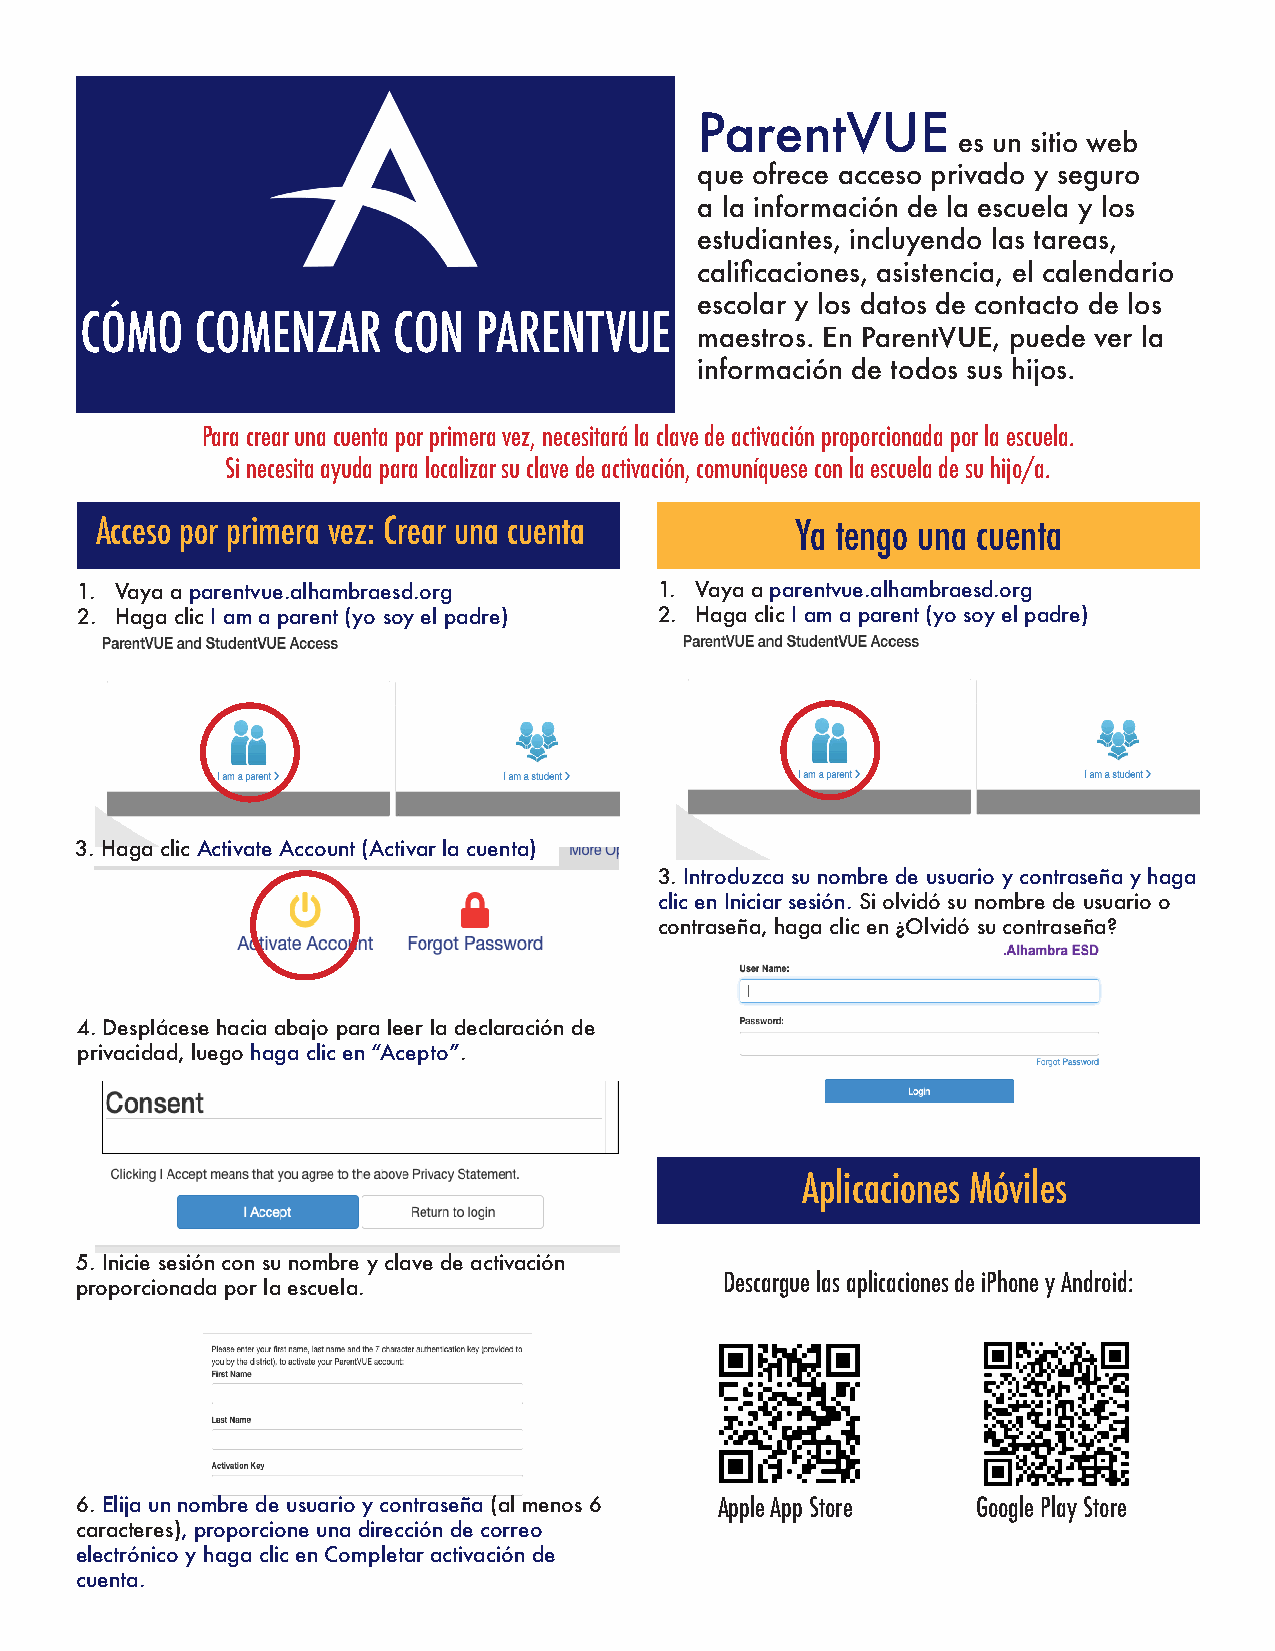
ParentVUE
 es un sitio web
 que ofrece acceso privado y seguro
 a la información de la escuela y los
 estudiantes, incluyendo las tareas,
 calificaciones, asistencia, el calendario
 escolar y los datos de contacto de los
 CÓMO    COMENZAR     CON   PARENTVUE
 maestros. En ParentVUE, puede ver la
 información de todos sus hijos.
 Para crear una cuenta por primera vez, necesitará la clave de activación proporcionada por la escuela.
 Si necesita ayuda para localizar su clave de activación, comuníquese con la escuela de su hijo/a.
 Acceso por primera vez: Crear una cuenta       Ya tengo una cuenta
 1. Vaya a parentvue.alhambraesd.org    1. Vaya a parentvue.alhambraesd.org
 2. Haga clic I am a parent (yo soy el padre) 2. Haga clic I am a parent (yo soy el padre)
 3. Haga clic Activate Account (Activar la cuenta)
 3. Introduzca su nombre de usuario y contraseña y haga
 clic en Iniciar sesión. Si olvidó su nombre de usuario o
 contraseña, haga clic en ¿Olvidó su contraseña?
 4. Desplácese hacia abajo para leer la declaración de
 privacidad, luego haga clic en “Acepto”.
 Aplicaciones Móviles
 5. Inicie sesión con su nombre y clave de activación
 Descargue las aplicaciones de iPhone y Android:
 proporcionada por la escuela.
 6. Elija un nombre de usuario y contraseña (al menos 6 Apple App Store Google Play Store
 caracteres), proporcione una dirección de correo
 electrónico y haga clic en Completar activación de
 cuenta.